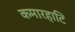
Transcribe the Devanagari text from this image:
कमारहाटि